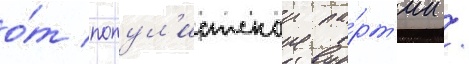
о́т попул'истскои па́рт'ии /